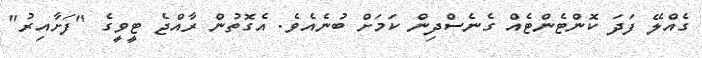
ގެއްލޭ ފަދަ ކޮންޓެންޓެއް ގެނެސްދިން ކަމަށް ބުނެއެވެ. އެގޮތުން ރާއްޖެ ޓީވީގެ "ފަށާއިރު"